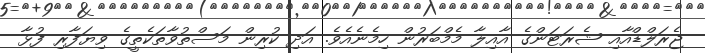
ޖެރަލްޑްއާއި ޝެރަޓަންގެ އާއިލާ މެމްބަރުން ހިމެނެއެވެ. އަދި ކުރިން މަސްތުވާތަކެތީގެ ވިޔަފާރި ފުޅާ